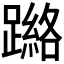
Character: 𮜘